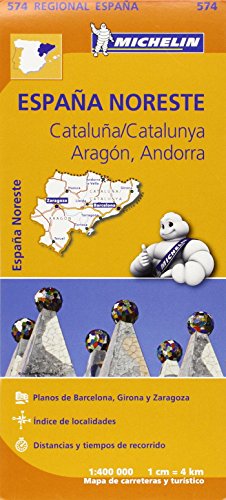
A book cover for Cataluna, Aragon, Andorra (Michelin Regional Maps); Travel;